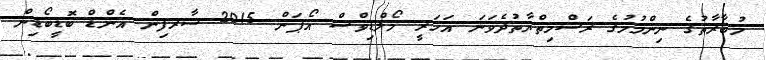
މުބާރާތުގެ ނިންމުމުގެ ރަސްމިތްޔާތުދެވަނަ އަހަރީ މޯލްޑިވްސް އޯޕަން 2015 ސާރފިން އެންޑް ބޮޑީބޯޑިން